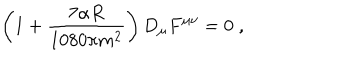
LaTeX: \left( 1 + \frac { 7 \alpha R } { 1 0 8 0 \pi m ^ { 2 } } \right) D _ { \mu } F ^ { \mu \nu } = 0 \; ,